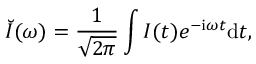
\breve { I } ( \omega ) = \frac { 1 } { \sqrt { 2 \pi } } \int I ( t ) e ^ { \mathrm { { - i } } \omega t } \mathrm { { d } } t ,